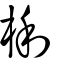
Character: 梸